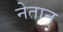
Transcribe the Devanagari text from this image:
नेतान्